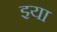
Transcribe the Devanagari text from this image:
झ्या